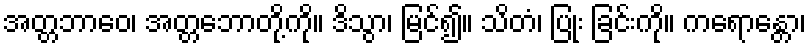
အတ္တဘာဝေ၊ အတ္တဘောတို့ကို။ ဒိသွာ၊ မြင်၍။ သိတံ၊ ပြုံး ခြင်းကို။ ကရောန္တော၊